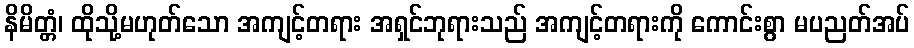
နိမိတ္တံ၊ ထိုသို့မဟုတ်သော အကျင့်တရား အရှင်ဘုရားသည် အကျင့်တရားကို ကောင်းစွာ မပညတ်အပ်